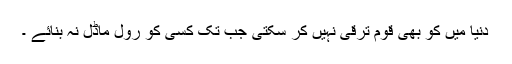
دنیا میں کو بھی قوم ترقی نہیں کر سکتی جب تک کسی کو رول ماڈل نہ بنائے ۔